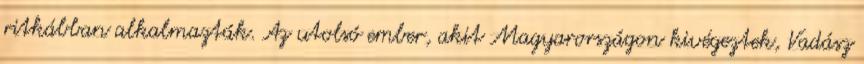
ritkábban alkalmazták. Az utolsó ember, akit Magyarországon kivégeztek, Vadász